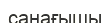
санағышы